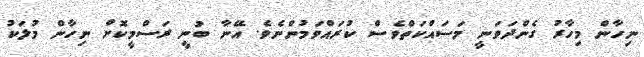
ނިހާން މިހާރު ގެންދަވަނީ މަސައްކަތްވެސް ކުރައްވަމުންނެވެ. އޭނާ ބުނީ ރަސްމީކޮށް ނިހާން މުލަކު